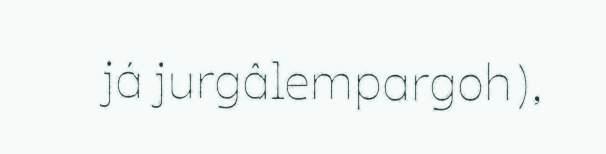
já jurgâlempargoh),